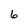
Character: 6